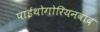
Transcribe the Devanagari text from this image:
पाईथोगोरियनवाद